Kures,_Voldemar, lk 129
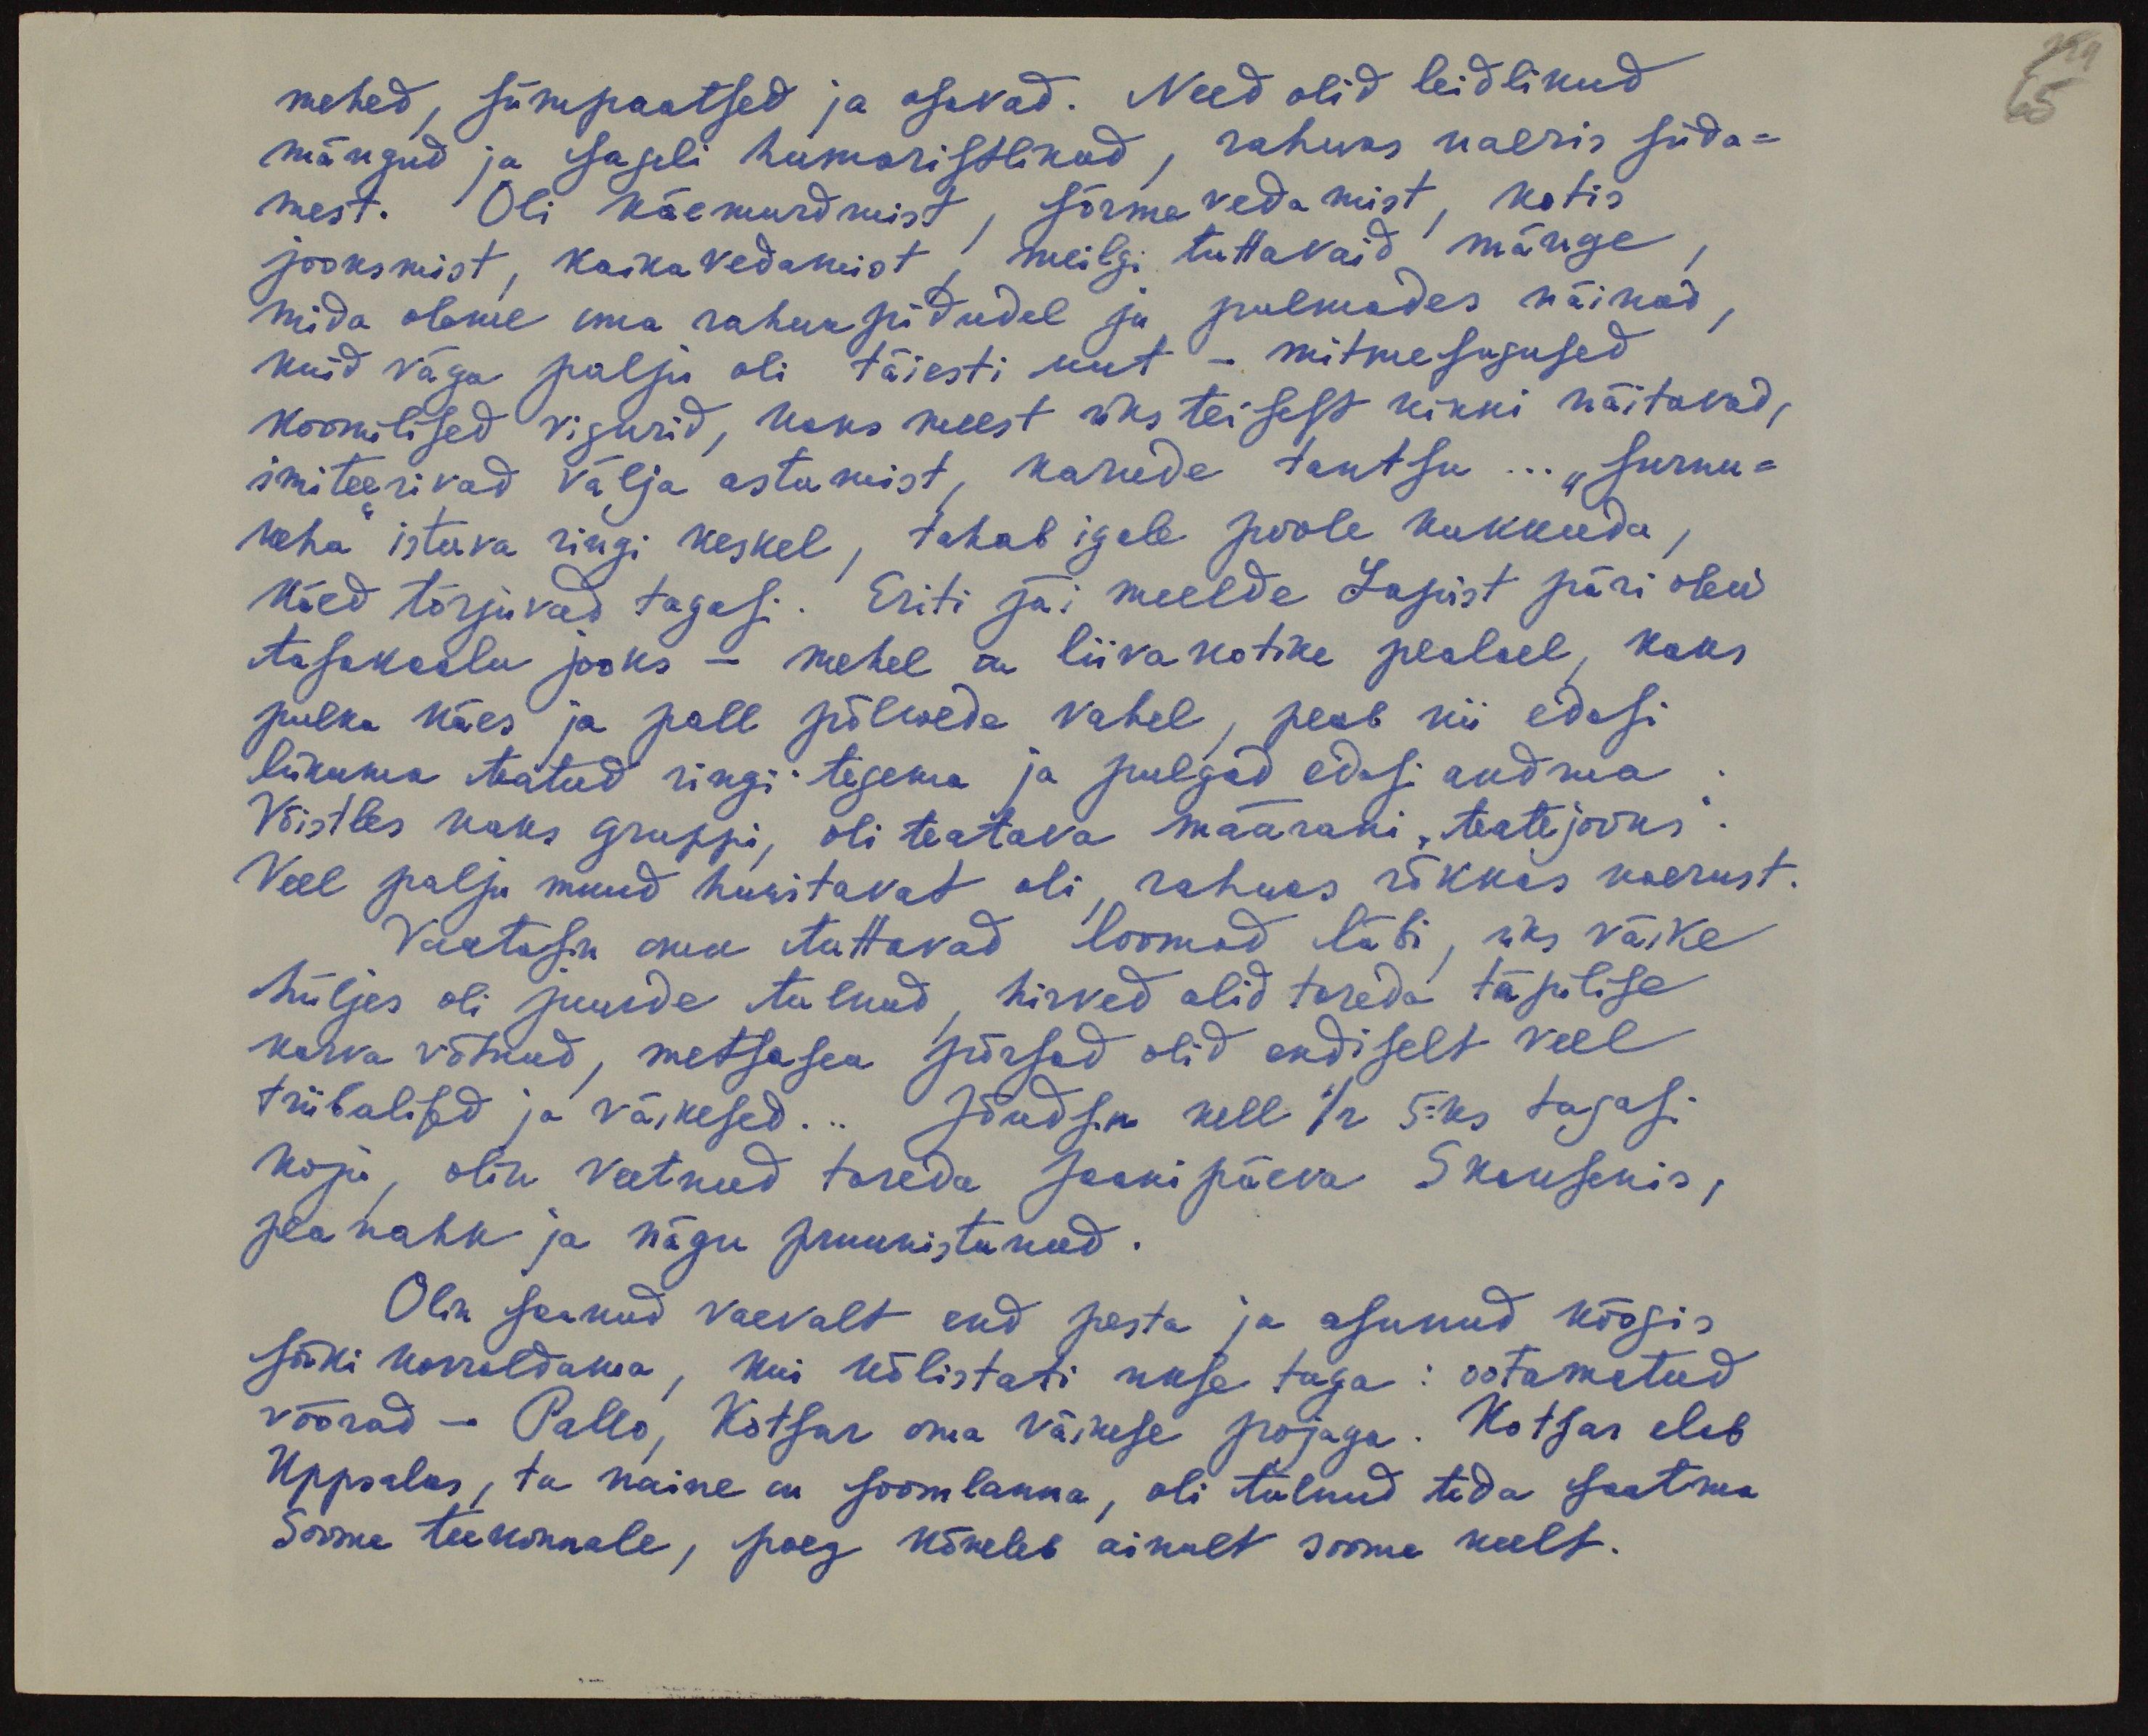
129
65

mehed, sümpaatsed ja osavad. Need olid leidlikud
mängud ja sageli humoristlikud, rahwas naeris süda-
mest. Oli käemurdmist, sõrme vedamist, kotis
jooksmist, kaika vedamist, meilgi tuttavaid mänge,
mida oleme oma rahwapidudel ja pulmades näinud,
kuid väga palju oli täiesti uut - mitmesugused
koomilised vigurid, kaks meest üks teisest kinni näitavad,
imiteerivad välja astumist, karude tantsu... "surnu-
keha" istuva ringi keskel, tahab igale poole kukkuda
käed tõrjuvad tagasi. Eriti jäi meelde Lapist päri olew
tasakaalu jooks - mehel on liivakotike pealael, kaks
pulka käes ja pall põlvede vahel, peab nii edasi
liikuma teatud ringi tegema ja pulgad edasi andma
Võistles kaks gruppi, oli teatava määrani, "teatejooks"
Veel palju muud huvitavat oli rahwas rõkkas naerust.
Vaatasin oma tuttavad loomad läbi, üks väike
hüljes oli juurde tulnud, hirved olid toreda täpilise
karva võtnud, metsasea põrsad olid endiselt veel
triibulised ja väikesed... jõudsin kell 1/2 5-ks tagasi
koju, olin veetnud toreda Jaanipäeva Skansenis,
pea nahk ja nägu pruunistunud.
Olin saanud vaevalt end pesta ja asunud köögis
sööki korraldama, kui kõlistati ukse taga: ootamatud
võõrad - Pallo, Kotsar oma väikese pojaga. Kotsar elab
Uppsalas, ta naine on soomlanna, oli tulnud teda saatma
Soome teekonnale, poeg kõneleb ainult soome keelt.